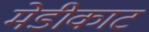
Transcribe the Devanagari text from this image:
मेडीकाट